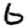
Digit: 6